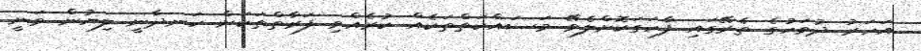
އަހަރު ދުވަހުގެ ތެރޭގައި ފާހަގަކޮށްލެވޭ މަސައްކަތްތަކެއް ކުރެއްވި ފަރާތްތަކަށް ހަނދާނީ ލިޔުން ވަނީ